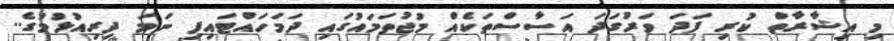
މި އިޝާރާތް ކުރި ފަދަ ވަރުގަދަ އަސާސްތަކެއް މުޖުތަމައުގައި ދަމަހައްޓައިފި ނަމަ ދިރިއުޅުމުގެ..